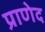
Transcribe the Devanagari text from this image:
प्राणेद